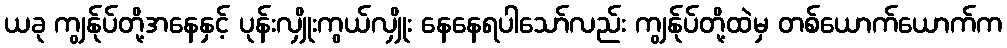
ယခု ကျွန်ုပ်တို့အနေနှင့် ပုန်းလျှိုးကွယ်လျှိုး နေနေရပါသော်လည်း ကျွန်ုပ်တို့ထဲမှ တစ်ယောက်ယောက်က